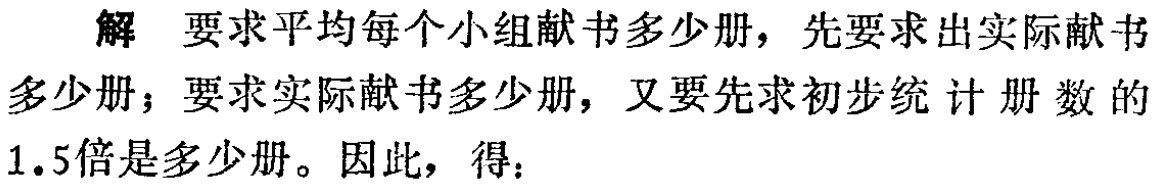
解 要求平均每个小组献书多少册，先要求出实际献书多少册；要求实际献书多少册，又要先求初步统计册数的1.5倍是多少册。因此，得：